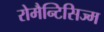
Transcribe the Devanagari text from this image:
रोमैन्टिसिज्म